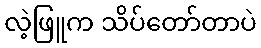
လဲ့ဖြူက သိပ်တော်တာပဲ